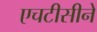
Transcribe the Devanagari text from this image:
एचटीसीने